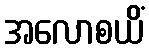
အလောစယိံ